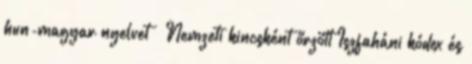
hun-magyar nyelvet – Nemzeti kincsként őrzött Iszfaháni kódex és